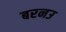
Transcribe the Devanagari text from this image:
बरनउ